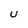
Character: U